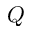
Q